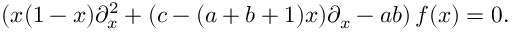
( x ( 1 - x ) \partial _ { x } ^ { 2 } + ( c - ( a + b + 1 ) x ) \partial _ { x } - a b ) \, f ( x ) = 0 .